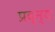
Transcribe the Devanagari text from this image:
प्रद्न्य